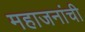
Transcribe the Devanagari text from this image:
महाजनांची